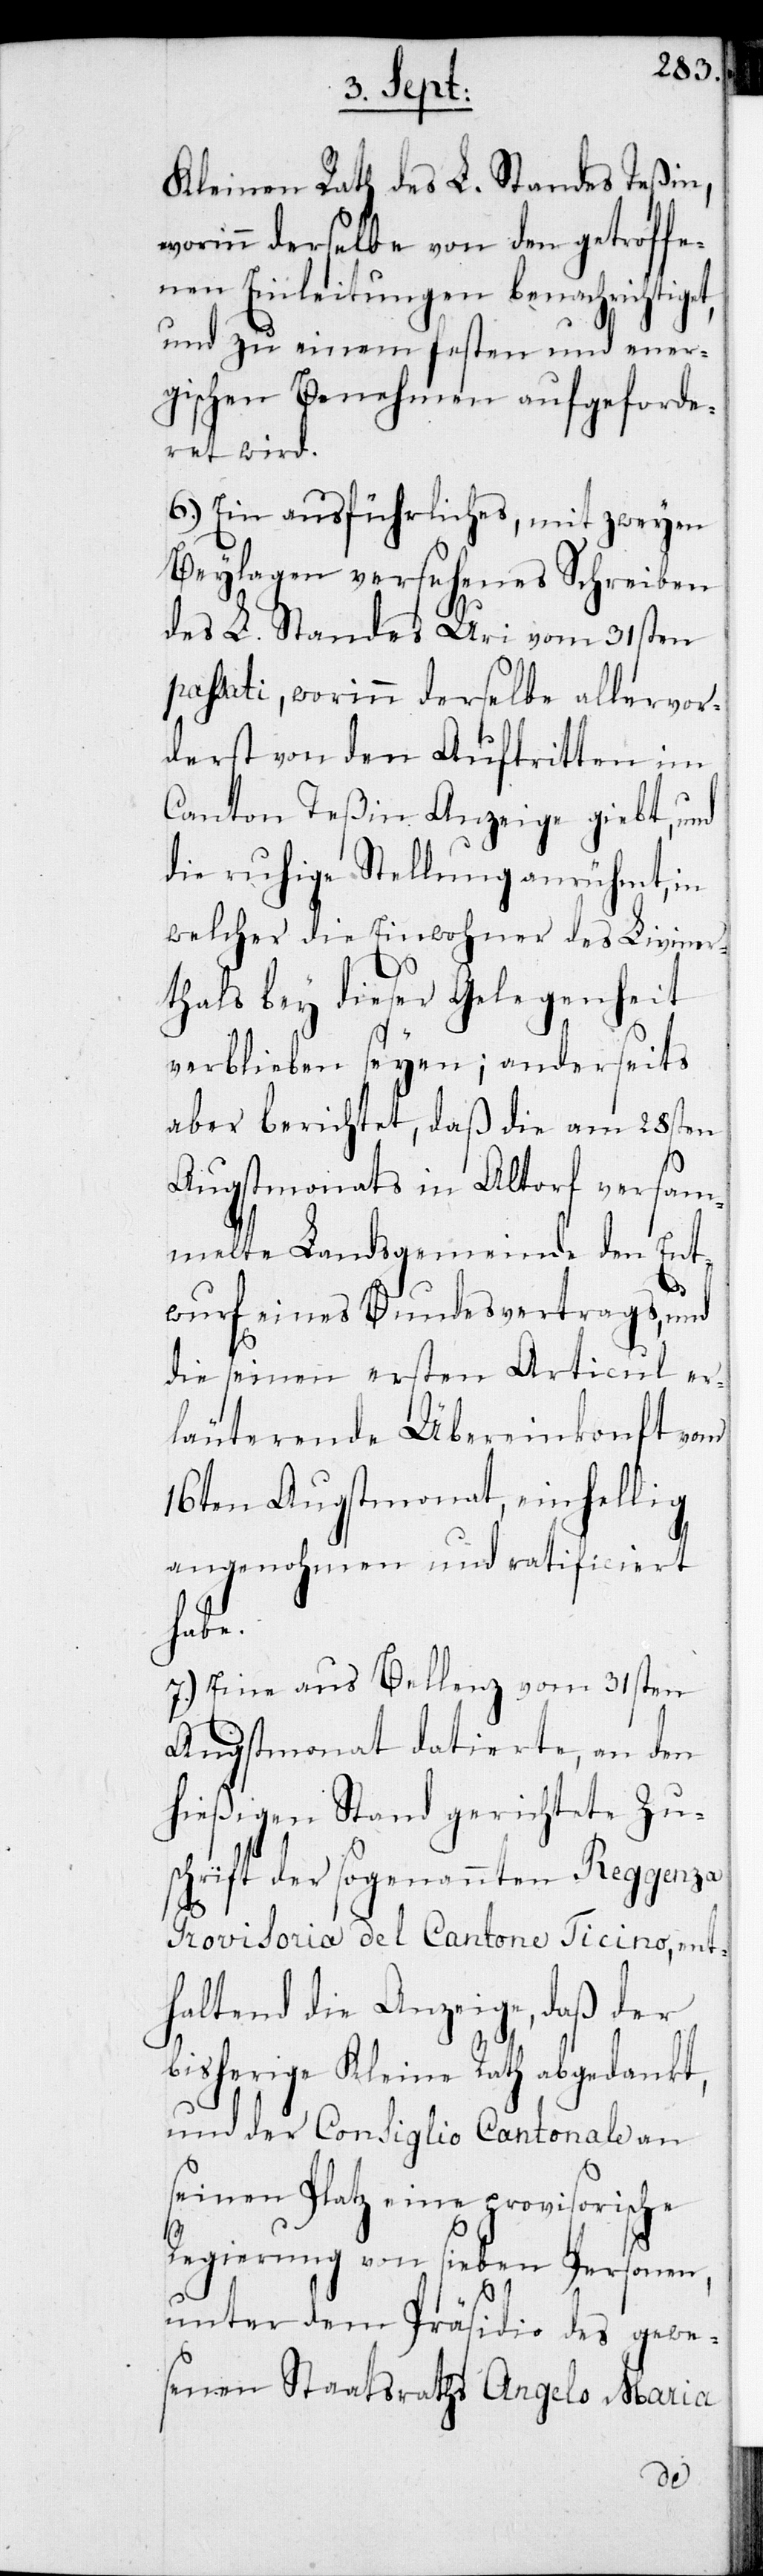
Kleinen Rath des L. Standes Teßin,
worinn derselbe von den getroffe¬
nen Einleitungen benachrichtiget
und zu einem festen und ener¬
gischen Benehmen augeforde¬
ret wird.
6.) Ein ausführliches, mit zweyen
Beylagen versehenes Schreiben
des L. Standes Uri vom 31sten
passati, worinn derselbe allervor¬
derst von den Auftritten im
Canton Teßin Anzeige giebt, und
die ruhige Stellung anrühmt, in
welcher die Einwohner des Liviner¬
thals bey dieser Gelegenheit
verblieben seyen; anderseits
aber berichtet, daß die am 28sten
Augstmonats in Altdorf versam¬
melte Landsgemeinde den Ent¬
wurf eines Bundesvertrags, und
die seinen ersten Articul er¬
läuterende Übereinkonft vom
16ten Augstmonat, einhellig
angenhomen und ratificiert
habe.
7.) Eine aus Bellenz vom 31sten
Augstmonat datierte, an den
hießigen Stand gerichtete Zu¬
schrift der sogenannten Reggenza
Provisoria del Cantone Ticino, ent¬
haltend die Anzeige, daß der
bisherige Kleine Rath abgedankt,
und der Consiglio Cantonale an
seinen Platz eine provisorische
Regierung von sieben Personen,
unter dem Präsidio des gewe¬
senen Staatsraths Angelo Maria